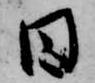
日